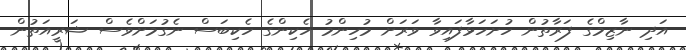
އަދި ނާޒިމްގެ ފަރާތުން ހުށަހަޅާފައިވާ ވަރަށް މުހިންމު ހެކިންގެ ހެކިބަސް ނެގުމަށްވެސް ޝަރީއަތުން